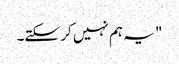
" یہ ہم نہیں کر سکتے۔